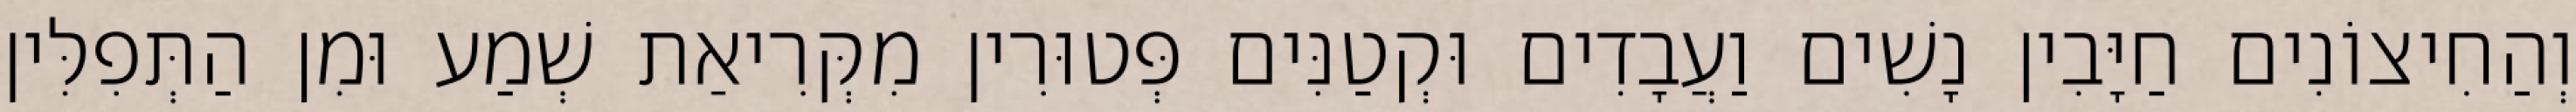
וְהַחִיצוֹנִים חַיָּבִין נָשִׁים וַעֲבָדִים וּקְטַנִּים פְּטוּרִין מִקְּרִיאַת שְׁמַע וּמִן הַתְּפִלִּין